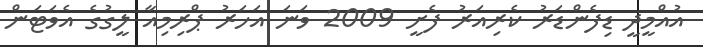
އުއްމީދީ ޑިފެންޑަރު ކެރިއަރު ފެށީ 2009 ވަނަ އަހަރު ޕްރިމިއާ ލީގުގެ އެވަޓަން